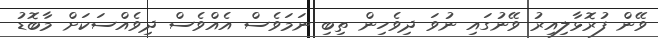
ވޭން ފުރޮޅާލިއިރު ވޭނުގައި ނުވަ ދިވެހިން ތިބި ނަމަވެސް އެއްވެސް ދިވެއްސަކަށް މާބޮޑު